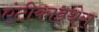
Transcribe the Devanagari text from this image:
एंटीकाइथेरा